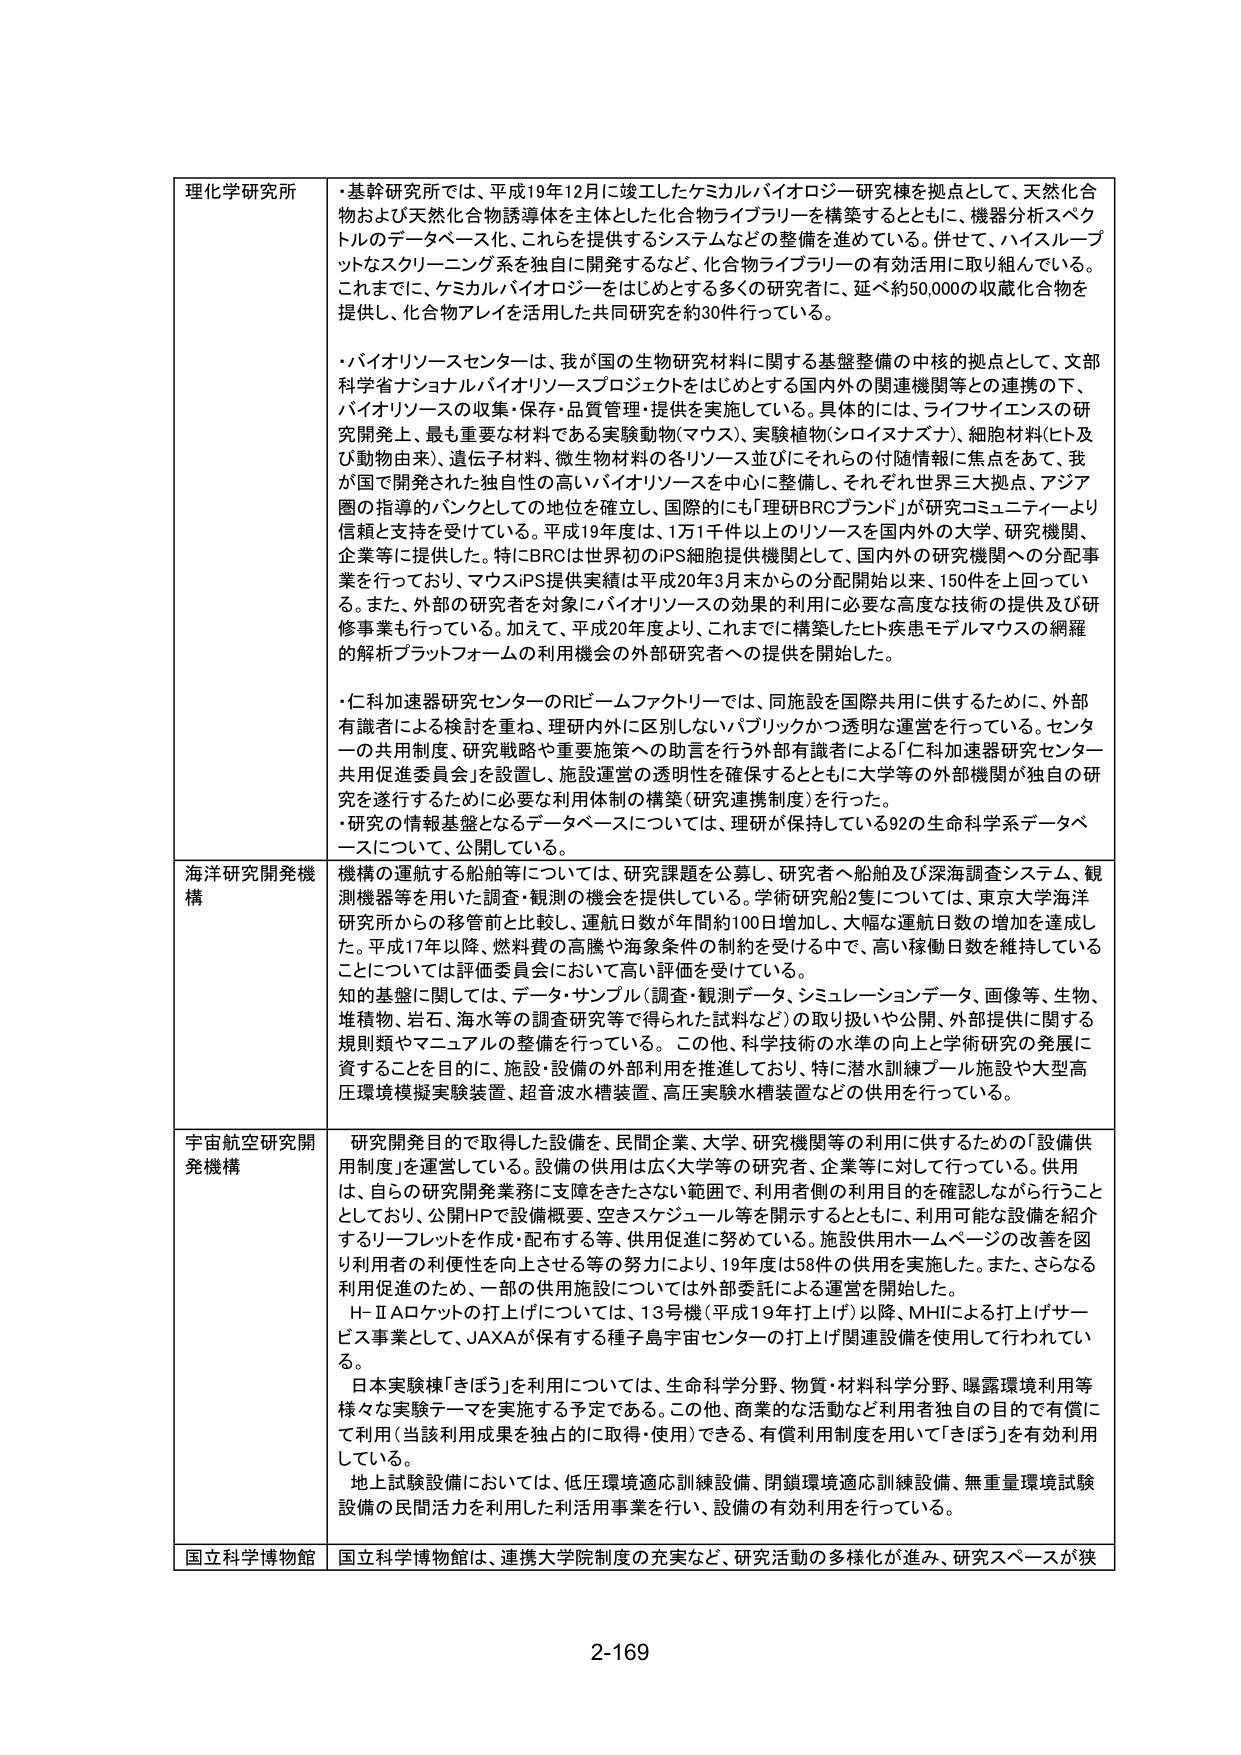
理化学研究所
・基幹研究所では、平成19年12月に竣工したケミカルバイオロジー研究棟を拠点として、天然化合物および天然化合物誘導体を主体とした化合物ライブラリーを構築するとともに、機器分析スペクトルのデータベース化、これらを提供するシステムなどの整備を進めている。併せて、ハイスループットなスクリーニング系を独自に開発するなど、化合物ライブラリーの有効活用に取り組んでいる。これまでに、ケミカルバイオロジーをはじめとする多くの研究者に、延べ約50,000の収蔵化合物を提供し、化合物アレイを活用した共同研究を約30件行っている。
・バイオリソースセンターは、我が国の生物研究材料に関する基盤整備の中核的拠点として、文部科学省ナショナルバイオリソースプロジェクトをはじめとする国内外の関連機関等との連携の下、バイオリソースの収集・保存・品質管理・提供を実施している。具体的には、ライフサイエンスの研究開発上、最も重要な材料である実験動物（マウス）、実験植物（シロイヌナズナ）、細胞材料（ヒト及び動物由来）、遺伝子材料、微生物材料の各リソース並びにそれらの付随情報に焦点をあて、我が国で開発された独自性の高いバイオリソースを中心に整備し、それぞれ世界三大拠点、アジア圏の指導的バンクとしての地位を確立し、国際的にも「理研BRCブランド」が研究コミュニティより信頼と支持を受けている。平成19年度は、1万1千件以上のリソースを国内外の大学、研究機関、企業等に提供した。特にBRCは世界初のiPS細胞提供機関として、国内外の研究機関への分配事業を行っており、マウスiPS提供実績は平成20年3月末からの分配開始以来、150件を上回っている。また、外部の研究者を対象にバイオリソースの効果的利用に必要な高度な技術の提供及び研修事業も行っている。加えて、平成20年度より、これまでに構築したヒト疾患モデルマウスの網羅的解析プラットフォームの利用機会の外部研究者への提供を開始した。
・仁科加速器研究センターのRIビームファクトリーでは、同施設を国際共用に供するために、外部有識者による検討を重ね、理研内外に区別しないパブリックかつ透明な運営を行っている。センターの共用制度、研究戦略や重要施策への助言を行う外部有識者による「仁科加速器研究センター共用促進委員会」を設置し、施設運営の透明性を確保するとともに大学等の外部機関が独自の研究を遂行するために必要な利用体制の構築（研究連携制度）を行った。
・研究の情報基盤となるデータベースについては、理研が保持している92の生命科学系データベースについて、公開している。

海洋研究開発機構
機構の運航する船舶等については、研究課題を公募し、研究者へ船舶及び深海調査システム、観測機器等を用いた調査・観測の機会を提供している。学術研究船2隻については、東京大学海洋研究所からの移管前と比較し、運航日数が年間約100日増加し、大幅な運航日数の増加を達成した。平成17年以降、燃料費の高騰や海象条件の制約を受ける中で、高い稼働日数を維持していることについては評価委員会において高い評価を受けている。
知の基盤に関しては、データ・サンプル（調査・観測データ、シミュレーションデータ、画像等、生物、堆積物、岩石、海水等の調査研究等で得られた試料など）の取り扱いや公開、外部提供に関する規則類やマニュアルの整備を行っている。この他、科学技術の水準の向上と学術研究の発展に資することを目的に、施設・設備の外部利用を推進しており、特に潜水訓練プール施設や大型高圧環境模擬実験装置、超音波水槽装置、高圧実験水槽装置などの供用を行っている。

宇宙航空研究開発機構
研究開発目的で取得した設備を、民間企業、大学、研究機関等の利用に供するための「設備供用制度」を運営している。設備の供用は広く大学等の研究者、企業等に対して行っている。供用は、自らの研究開発業務に支障をきたさない範囲で、利用者側の利用目的を確認しながら行うこととしており、公開HPで設備概要、空きスケジュール等を開示するとともに、利用可能な設備を紹介するリーフレットを作成・配布する等、供用促進に努めている。施設供用ホームページの改善を図り利用者の利便性を向上させる等の努力により、19年度は58件の供用を実施した。また、さらなる利用促進のため、一部の供用施設については外部委託による運営を開始した。
H-IIロケットの打上げについては、13号機（平成19年打上げ）以降、MHIIによる打上げサービス事業として、JAXAが保有する種子島宇宙センターの打上げ関連設備を使用して行われている。
日本実験棟「きぼう」を利用については、生命科学分野、物質・材料科学分野、曝露環境利用等様々な実験テーマを実施する予定である。この他、商業的な活動など利用者独自の目的で有償に利用（当該利用成果を独占的に取得・使用）できる、有償利用制度を用いて「きぼう」を有効利用している。
地上試験設備においては、低圧環境適応訓練設備、閉鎖環境適応訓練設備、無重量環境試験設備の民間活力を利用した利活用事業を行い、設備の有効利用を行っている。

国立科学博物館
国立科学博物館は、連携大学院制度の充実など、研究活動の多様化が進み、研究スペースが狭

2-169